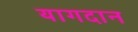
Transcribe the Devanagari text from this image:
यागदान